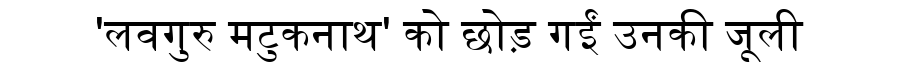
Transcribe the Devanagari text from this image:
'लवगुरु मटुकनाथ' को छोड़ गईं उनकी जूली